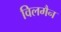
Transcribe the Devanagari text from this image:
विलमैन